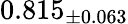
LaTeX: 0.815_{\pm 0.063}